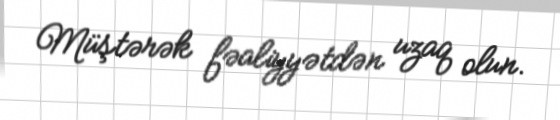
Müştərək fəaliyyətdən uzaq olun.